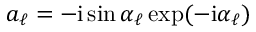
a _ { \ell } = - \mathrm { i } \sin { \alpha _ { \ell } } \exp ( - \mathrm { i } \alpha _ { \ell } )